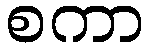
စကာ